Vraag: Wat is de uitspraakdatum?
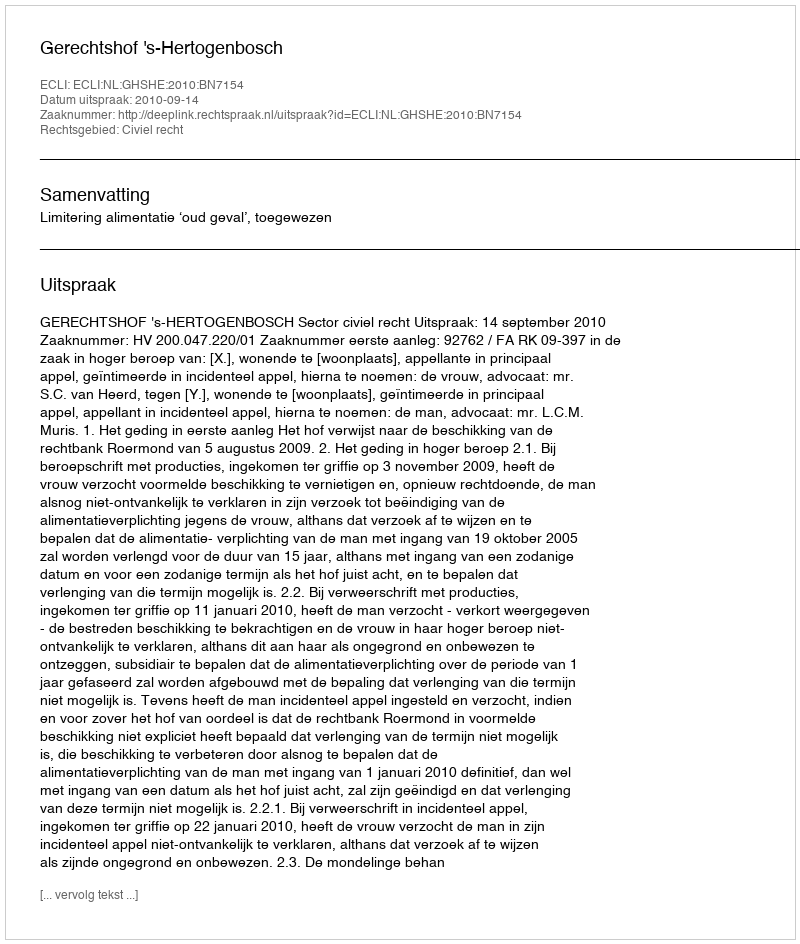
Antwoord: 2010-09-14